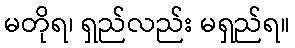
မတိုရ၊ ရှည်လည်း မရှည်ရ။